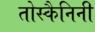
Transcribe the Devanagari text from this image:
तोस्कैनिनी